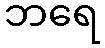
ဘရေ